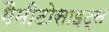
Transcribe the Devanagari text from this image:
गैमीटोसाइट्स